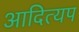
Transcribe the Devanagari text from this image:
आदित्यप